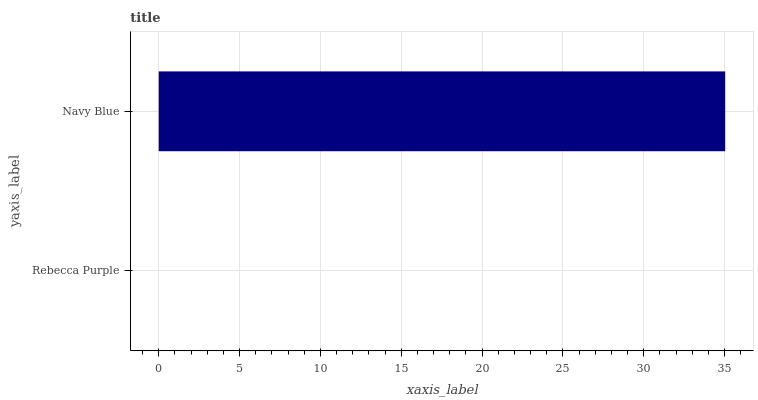
| yaxis_label | bars |
 | --- | --- |
 | Rebecca Purple | 0 |
 | Navy Blue | 35 |